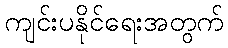
ကျင်းပနိုင်ရေးအတွက်